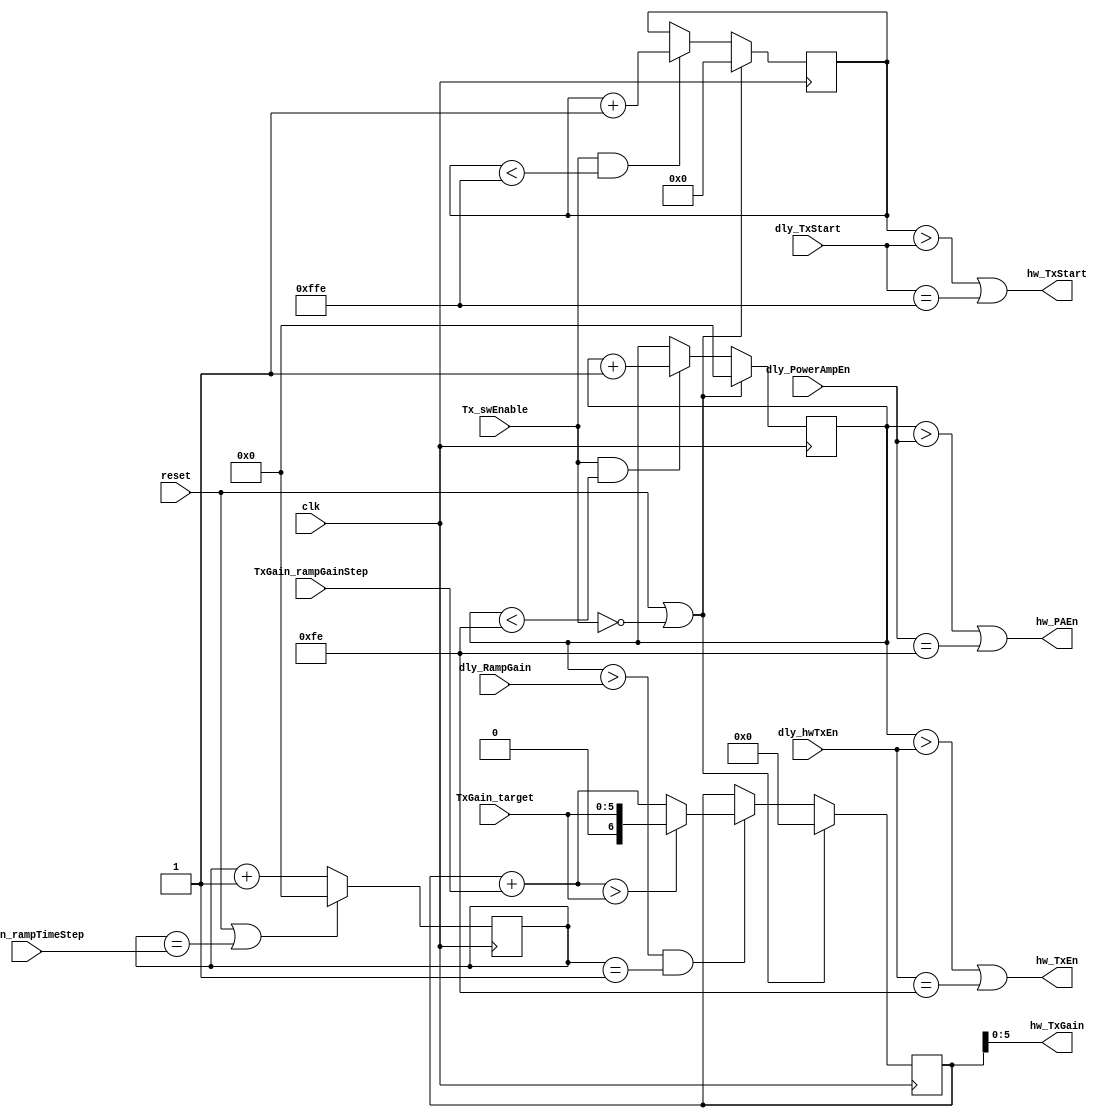
module radio_controller_TxTiming_1
(
	clk,
	reset,
	Tx_swEnable,
	TxGain_target,
	TxGain_rampGainStep,
	TxGain_rampTimeStep,
	dly_hwTxEn,
	dly_TxStart,
	dly_PowerAmpEn,
	dly_RampGain,
	hw_TxEn,
	hw_TxGain,
	hw_PAEn,
	hw_TxStart
);
	input			clk;
	input			reset;
	input			Tx_swEnable;
	input	[0:5]	TxGain_target;
	input	[0:3]	TxGain_rampGainStep;
	input	[0:3]	TxGain_rampTimeStep;
	input	[0:7]	dly_hwTxEn;
	input	[0:11]	dly_TxStart;
	input	[0:7]	dly_PowerAmpEn;
	input	[0:7]	dly_RampGain;
	output			hw_TxEn;
	output			hw_TxStart;
	output			hw_PAEn;
	output	[0:5]	hw_TxGain;
	reg		[0:7]	GainRamp_clockEn_counter;
	reg		[0:7]	timing_counter;
	reg		[0:11]	timing_counter_big;
	wire 	[0:6]	NewTxGain;
	reg  	[0:6]	TxGainBig;
	wire AutoGainRampEn;
	assign NewTxGain = ( (TxGainBig + TxGain_rampGainStep) > TxGain_target) ? TxGain_target : (TxGainBig + TxGain_rampGainStep);
	assign hw_TxGain = TxGainBig[1:6];
	assign hw_TxEn = (timing_counter > dly_hwTxEn) || dly_hwTxEn == 8'd254;
	assign hw_PAEn = (timing_counter > dly_PowerAmpEn) || dly_PowerAmpEn == 8'd254;
	assign hw_TxStart = (timing_counter_big > dly_TxStart) || dly_TxStart == 12'd4094;
	assign AutoGainRampEn = timing_counter > dly_RampGain;
	always @( posedge clk )
	begin
		if(reset | ~Tx_swEnable)
			TxGainBig <= 0;
		else if( AutoGainRampEn & (GainRamp_clockEn_counter==1))
			TxGainBig <= NewTxGain;
	end
	always @( posedge clk )
	begin
		if(reset | ~Tx_swEnable)
			timing_counter <= 0;
		else if(Tx_swEnable & timing_counter < 254)
			timing_counter <= timing_counter + 1;
	end
	always @( posedge clk )
	begin
		if(reset | ~Tx_swEnable)
			timing_counter_big <= 0;
		else if(Tx_swEnable & timing_counter_big < 4094)
			timing_counter_big <= timing_counter_big + 1;
	end
	always @( posedge clk )
	begin
		if(reset | GainRamp_clockEn_counter == TxGain_rampTimeStep)
			GainRamp_clockEn_counter <= 0;
		else
			GainRamp_clockEn_counter <= GainRamp_clockEn_counter + 1;
	end
endmodule